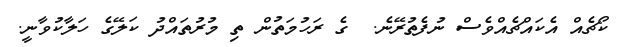
ކޯޗެއް އެކައްޗެއްވެސް ނުފެތުރޭނެ.  ގެ ރަހުމަތުން ތި މުރުތައްދު ކަލޭގެ ހަލާކުވާނީ.